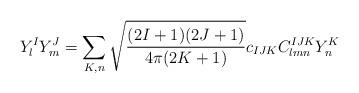
LaTeX: \begin{align*} Y^I_lY^J_m = \sum_{K,n} \sqrt{\frac{(2I+1)(2J+1)}{4\pi(2K+1)}} c_{IJK}C^{IJK}_{lmn}Y_n^K\end{align*}